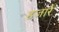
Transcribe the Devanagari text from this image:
हजारैं